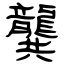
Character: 龔